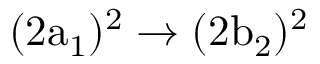
\mathrm { ( 2 a _ { 1 } ) ^ { 2 } \rightarrow ( 2 b _ { 2 } ) ^ { 2 } }